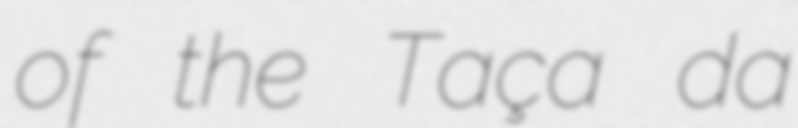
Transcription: of the Taça da